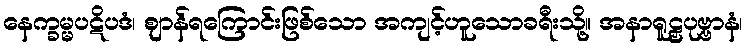
နေက္ခမ္မပဋိပဒံ၊ ဈာန်ရကြောင်းဖြစ်သော အကျင့်ဟူသောခရီးသို့။ အနာရူဠှပုဗ္ဗာနံ၊